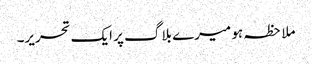
ملاحظہ ہو میرے بلاگ پر ایک تحریر۔